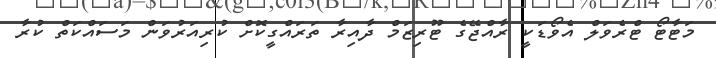
މަޓާޓޯ ޓްރެވަލް އެވޯޑަކީ ރާއްޖޭގެ ޓޫރިޒަމް ދާއިރާ ތަރައްގީކޮށް ކުރިއަރުވަން މަސައްކަތް ކުރާ